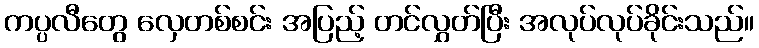
ကပ္ပလီတွေ လှေတစ်စင်း အပြည့် တင်လွှတ်ပြီး အလုပ်လုပ်ခိုင်းသည်။